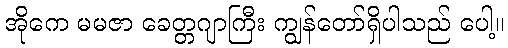
အိုကေ မမဇာ ခေတ္တဂျာကြီး ကျွန်တော်ရှိပါသည် ပေါ့။